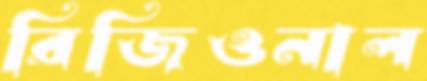
রিজিওনাল